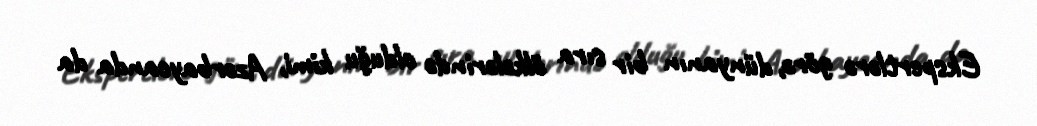
Ekspertlərə görə, dünyanın bir sıra ölkələrində olduğu kimi, Azərbaycanda da